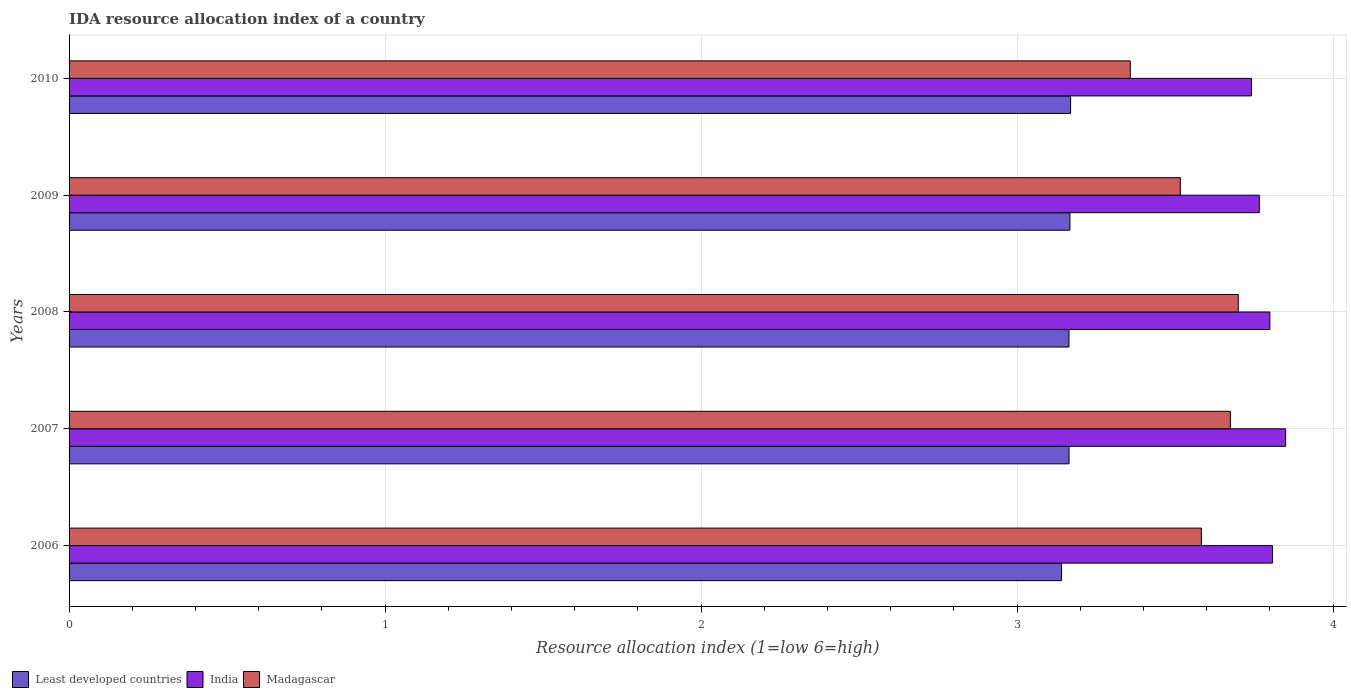
| Years | Least developed countries | India | Madagascar |
 | --- | --- | --- | --- |
 | 2006 | 3.14 | 3.81 | 3.58 |
 | 2007 | 3.16 | 3.85 | 3.67 |
 | 2008 | 3.16 | 3.8 | 3.7 |
 | 2009 | 3.17 | 3.77 | 3.52 |
 | 2010 | 3.17 | 3.74 | 3.36 |